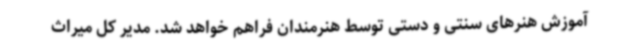
آموزش هنرهای سنتی و دستی توسط هنرمندان فراهم خواهد شد. مدیر ‌کل میراث